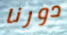
دورنا